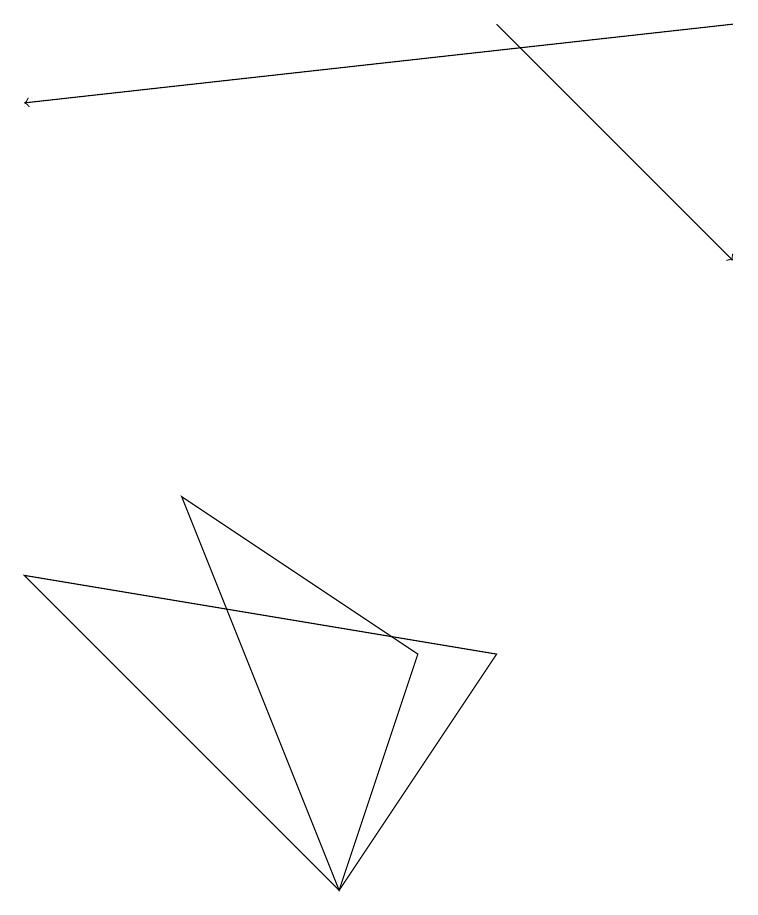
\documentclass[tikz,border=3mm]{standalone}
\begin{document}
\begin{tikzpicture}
\draw (4,3) -- (5,6) -- (2,8) -- cycle;
\draw[->] (9,14) -- (0,13);
\draw[->] (6,14) -- (9,11);
\draw (6,6) -- (0,7) -- (4,3) -- cycle;
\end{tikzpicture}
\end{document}